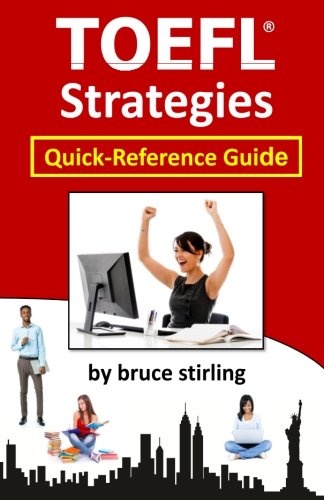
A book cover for TOEFL Strategies: Quick-Reference Guide; Bruce Stirling; Test Preparation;